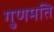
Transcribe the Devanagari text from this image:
गुणमति